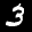
Label: 3